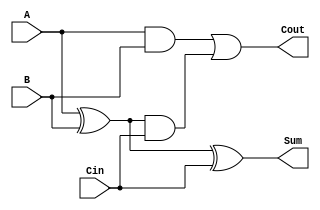
module tree_structured_full_adder (
    input wire A,      // 1-bit input A
    input wire B,      // 1-bit input B
    input wire Cin,    // 1-bit carry-in
    output wire Sum,   // 1-bit sum output
    output wire Cout   // 1-bit carry-out output
);

    // Intermediate signals for half adder outputs
    wire S1;          // Intermediate sum from first half adder
    wire C1;          // Intermediate carry from first half adder
    wire C2;          // Intermediate carry from second half adder

    // Half Adder 1
    assign S1 = A ^ B;   // Sum output of first half adder
    assign C1 = A & B;   // Carry output of first half adder

    // Half Adder 2
    assign Sum = S1 ^ Cin; // Final sum output
    assign C2 = S1 & Cin;   // Carry output of second half adder

    // Final Carry-out
    assign Cout = C1 | C2; // Final carry-out

endmodule